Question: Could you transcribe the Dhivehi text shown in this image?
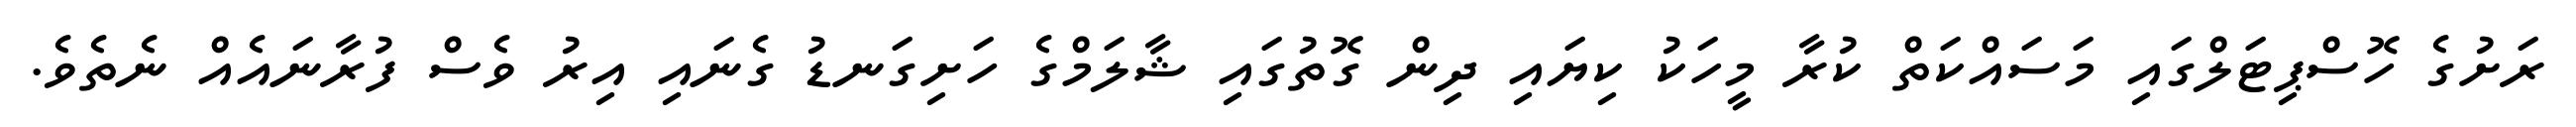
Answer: ރަށުގެ ހޮސްޕިޓަލްގައި މަސައްކަތް ކުރާ މީހަކު ކިޔައި ދިން ގޮތުގައި ޝާލަމްގެ ހަށިގަނޑު ގެނައި އިރު ވެސް ފުރާނައެއް ނެތެވެ.